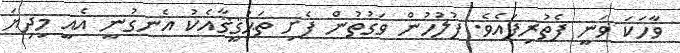
ވާހަކަ ވަނީ ފެތުރިފައެވެ. ފުލުހުން ވަގުތުން ފެށި ތަޙުޤީޤާއެކު އެނގުނީ އެއީ މިދިޔަ